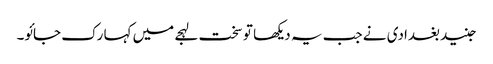
جنید بغدادی نے جب یہ دیکھا تو سخت لہجے میں کہا رک جائو۔